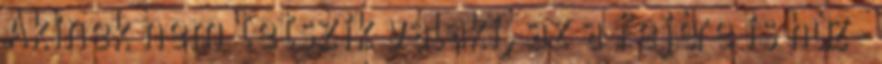
Akinek nem tetszik valaki, az a fejére is húz-